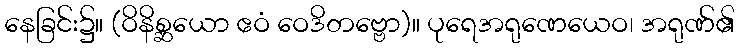
နေခြင်း၌။ (ဝိနိစ္ဆယော ဧဝံ ဝေဒိတဗ္ဗော)။ ပုရေအရုဏေယေဝ၊ အရုဏ်၏